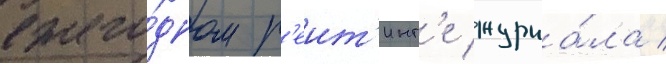
ежего́дном р'еит'инг'е журна́ла /